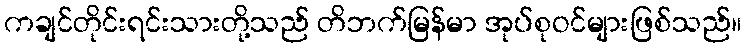
ကချင်တိုင်းရင်းသားတို့သည် တိဘက်မြန်မာ အုပ်စုဝင်များဖြစ်သည်။